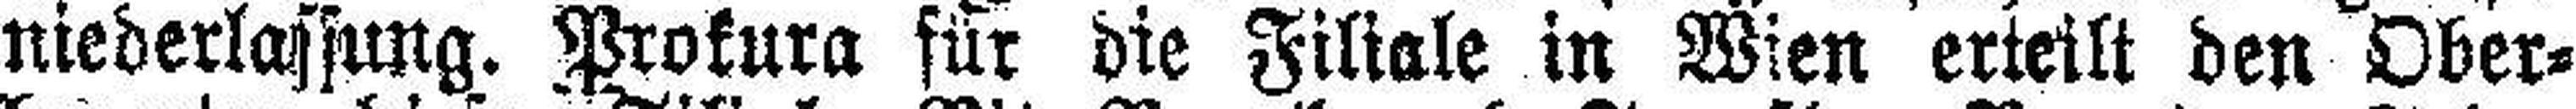
niederlassung. Prokura für die Filiale in Wien erteilt den Ober¬